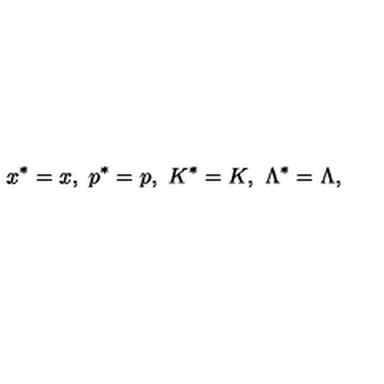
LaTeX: x ^ { * } = x , \ p ^ { * } = p , \ K ^ { * } = K , \ \Lambda ^ { * } = \Lambda ,